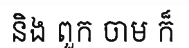
និង ពួក ចាម ក៏